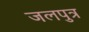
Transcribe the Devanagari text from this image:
जलपुत्र